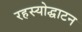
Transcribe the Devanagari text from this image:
रहस्‍योद्घाटन